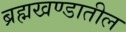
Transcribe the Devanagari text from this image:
ब्रह्मखण्डातील